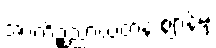
အာကိဉ္စညာယတန ဈာန်မှ